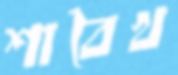
শাবৈখ